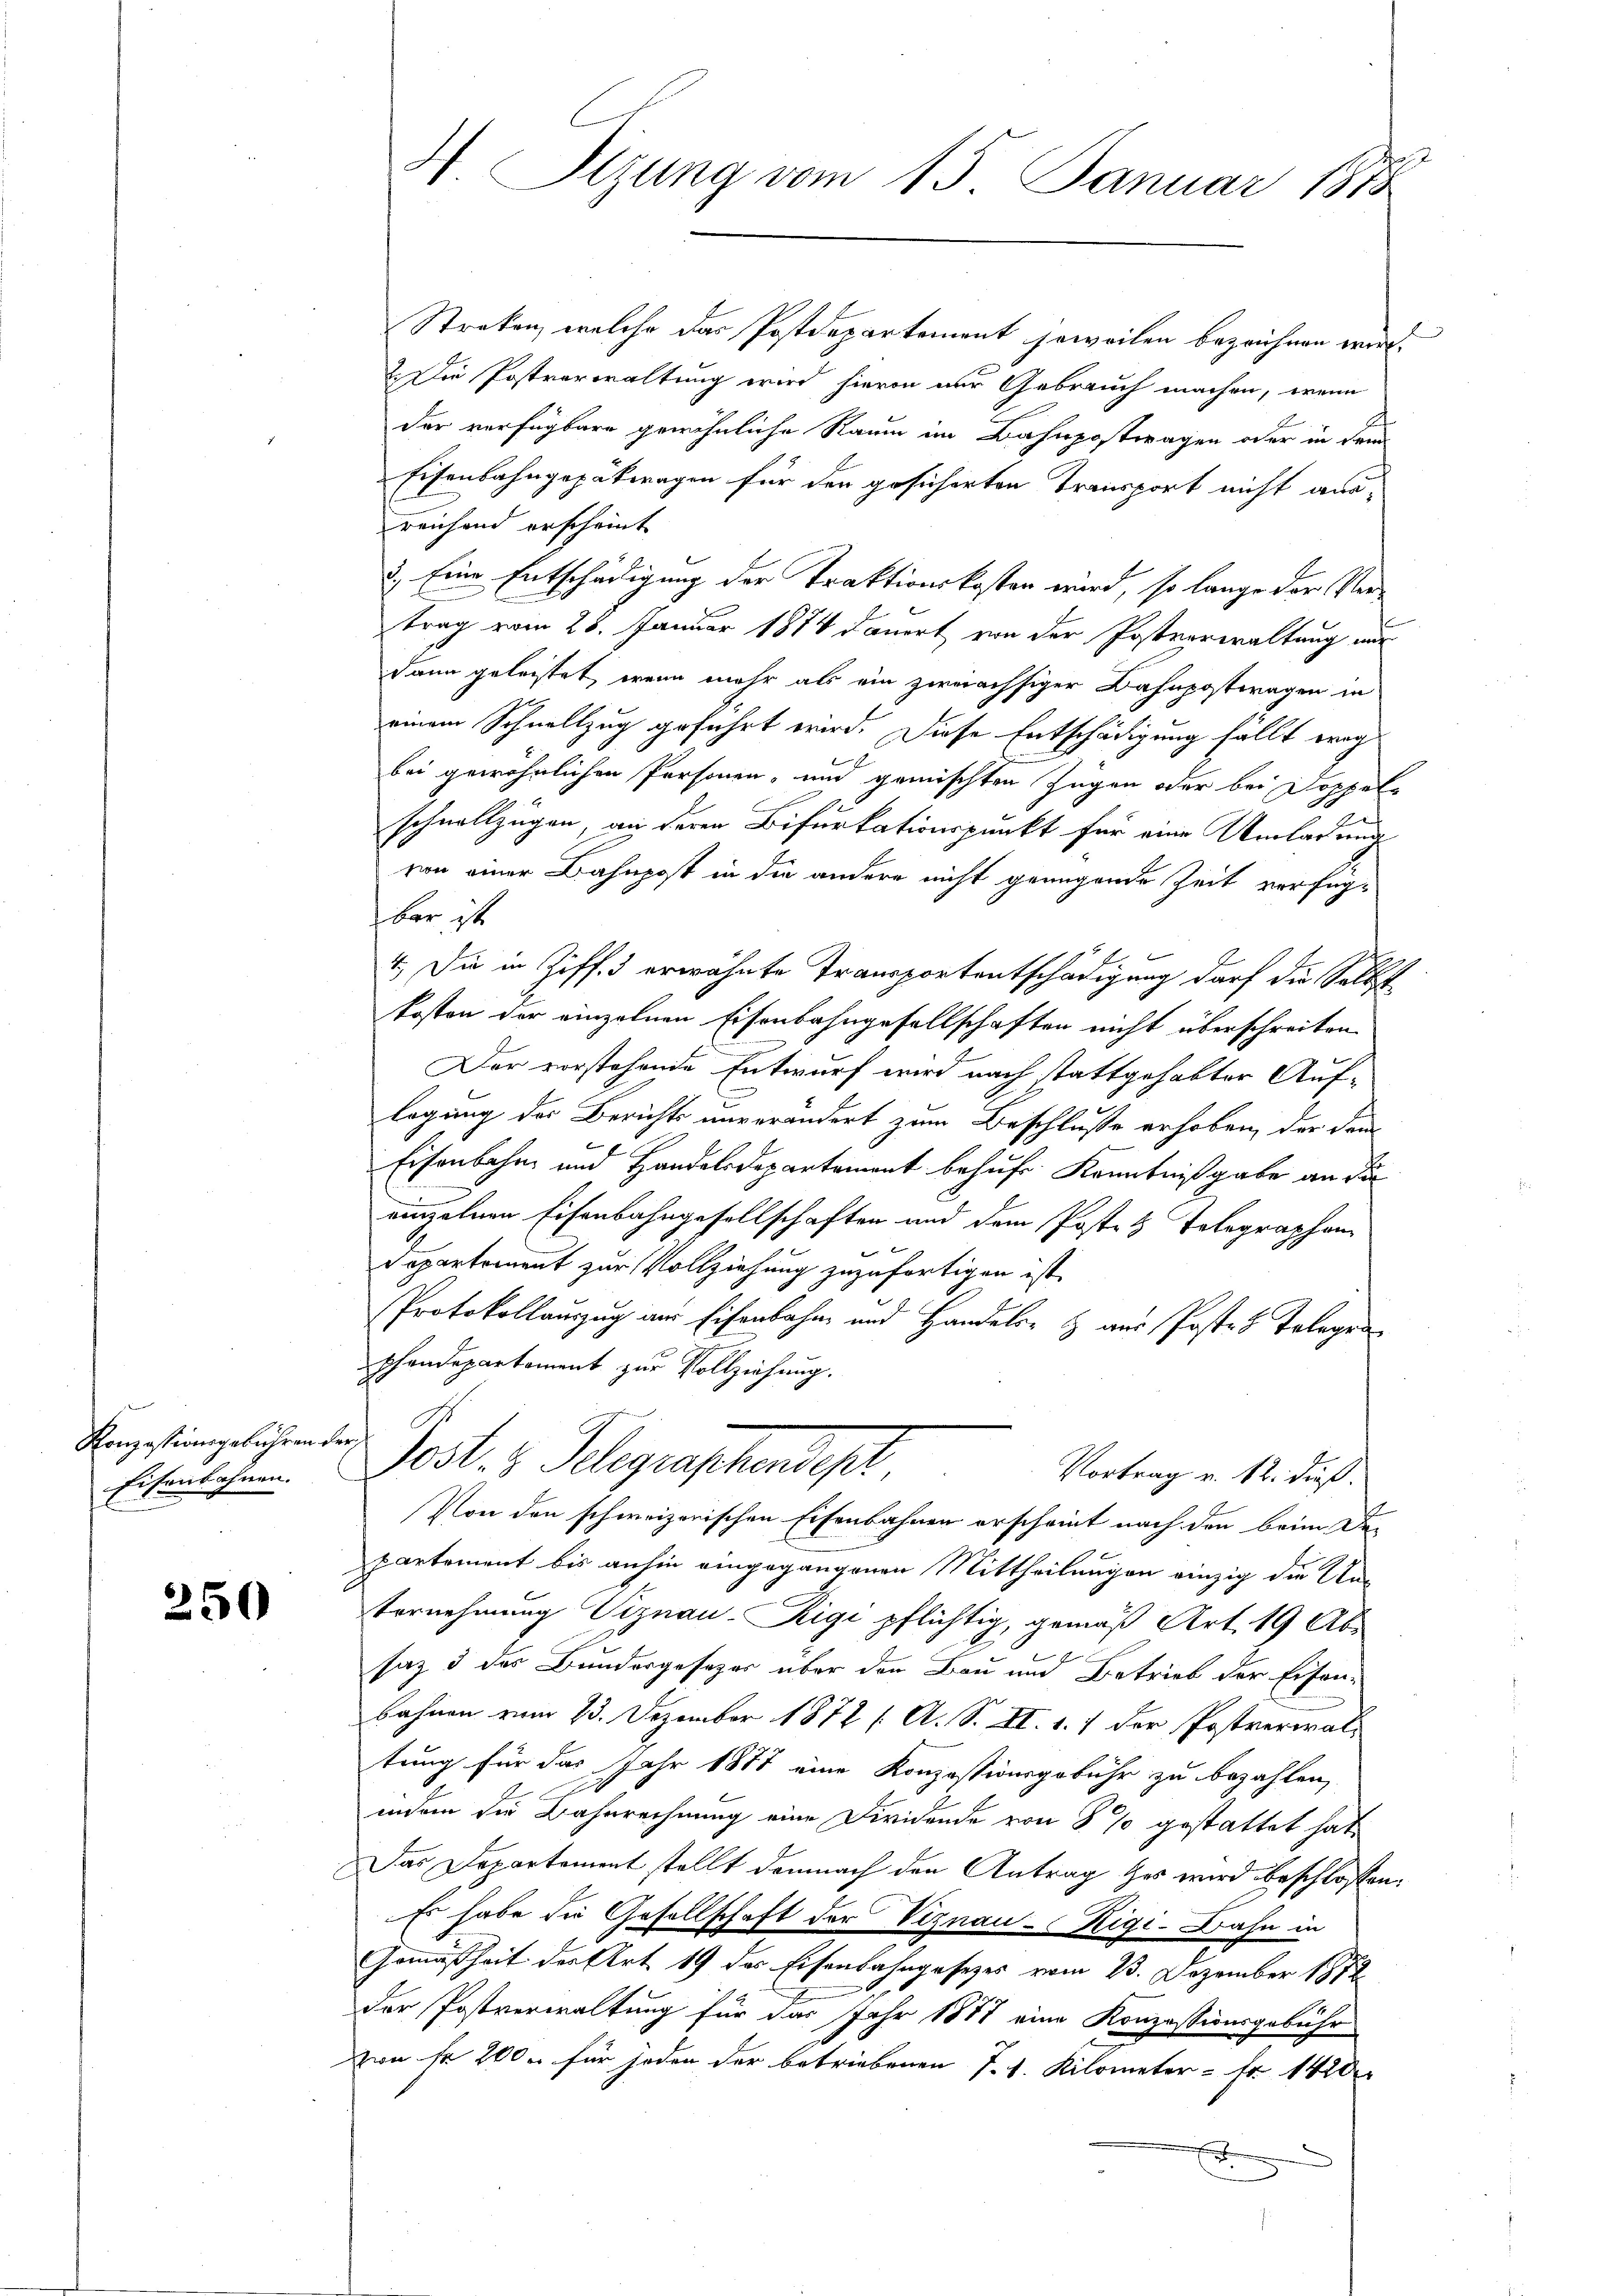
Konzessionsgebühren der S
Eisenbahnen.

250

Streken, welche das Postdepartement jeweilen bezeichnen wird.
2. Die Postverwaltung wird hievon der Gebrauch machen, wenn
der verfügbare gewöhnliche Raum im Bahnpostwagen oder in dem
Eisenbahngepätwagen für den gesicherten Transport nicht ausreichend erscheint
3.) Eine Entschädigung der Traktionskosten wird, so lange der Vertrag vom 28. Januar 1874 dauert von der Postverwaltung nur
dann geleistet, wenn mehr als ein zweächsiger Bahnpostwagen in
einem Schnellzug geführt wird. Diese Entschädigung fällt weg
bei gewöhnlichen Personen, und gemischten Zugen oder bei Doppel¬
.
schnellzügen, an deren Bifurkationspunkt für eine Umladung
von einer Bahnpost in die andere nicht genügende Zeit verfüg-
bar ist
4.) Die in Ziff. 3 erwähnte Transportentschädigung darf die Selbs
kosten der einzelnen Eisenbahngesellschaften nicht überschreiten
Der vorstehende Entwurf wird nach stattgehabter Auflegung des Berichts unverändert zum Beschlusse erhoben, der dem
Eisenbahn- und Handelsdepartement behufs Kenntnißgabe an die
einzelnen Eisenbahngesellschaften und dem Posten Telegraphen¬
Departement zur Vollziehung zuzufertigen ist.
Protokollanzug aus Eisenbahn und Handels- & aus Post 3 Telegen
Phandepartement zur Vollziehung.
dest. V. Pelegraphendepl
Vortrag v. 12. dieß.
Von den schweizerischen Eisenbahnen erscheint nach den beim De-
partement bis anhin eingegangenen Mittheilungen einzig die Un-
ternehmung Viznau-Rigi pflichtig, gemäß Art. 19 Abr
saz 3 des Bundesgesezes über den Bau und Betrieb der Eisenbahnen vom 13. Dezember 1872 / A. S. II. 1. / der Postverwaltung für das Jahr 1877 eine Konzessionsgebühr zu bezahlen,

indem die Bahnrechnung eine Dividende von 8 % gestattet hat,
Das Departement stellt demnach den Antrag des wird beschlossen:
Es habe die Gesellschaft der Viznau-Rigi-Bahn in
Gemäßheit der Art. 19 des Eisenbahngesezes vom 13. Dezember 1872
der Postverwaltung für das Jahr 1871 eine Konzessionsgebühr
d
von fr 200. für jeden der betriebenen J. 1. Kilometer - Fr. 1420

H Sizung vom 15. Januar 1878